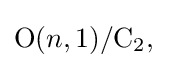
\mathrm {O} (n,1)/\mathrm {C} _{2},\